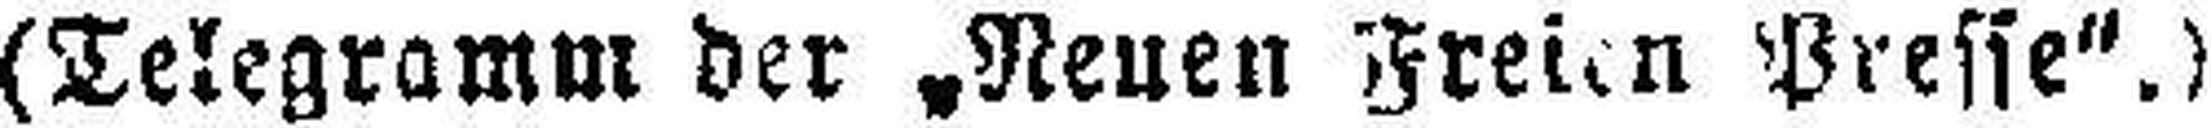
(Telegramm der „Neuen Freien Presse“.)